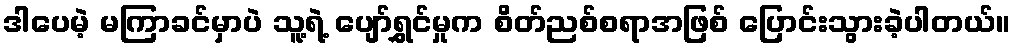
ဒါပေမဲ့ မကြာခင်မှာပဲ သူ့ရဲ့ ပျော်ရွှင်မှုက စိတ်ညစ်စရာအဖြစ် ပြောင်းသွားခဲ့ပါတယ်။